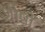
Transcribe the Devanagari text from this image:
र्शीषों